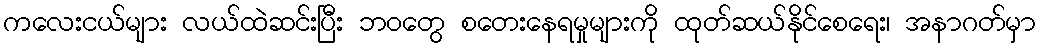
ကလေးငယ်များ လယ်ထဲဆင်းပြီး ဘဝတွေ စတေးနေရမှုများကို ထုတ်ဆယ်နိုင်စေရေး၊ အနာဂတ်မှာ